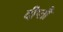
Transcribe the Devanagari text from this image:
दीप्तौ